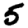
Digit: 5